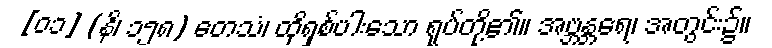
[၀၁] (နိ၊ ၁၅၈) တေသံ၊ ထိုရှစ်ပါးသော ရုပ်တို့၏။ အဗ္ဘန္တရေ၊ အတွင်း၌။